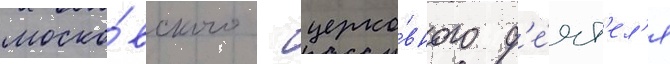
моско́вского - церко́вного д'е́ят'ел'я